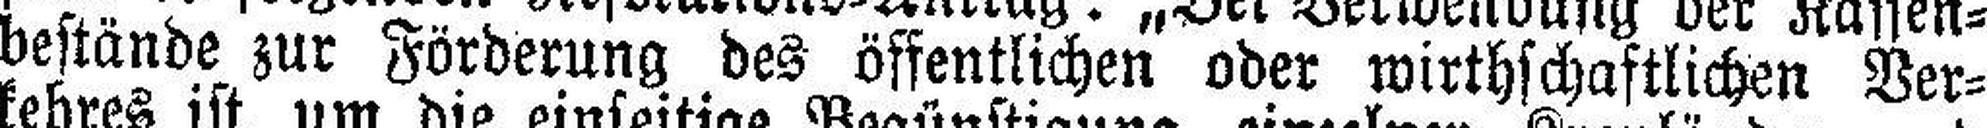
bestände zur Förderung des öffentlichen oder wirthschaftlichen Ver¬